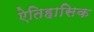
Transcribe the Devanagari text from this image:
ऐतिहासिक